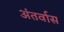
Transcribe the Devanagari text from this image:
अंतर्वास